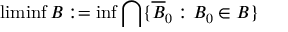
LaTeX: \operatorname* { l i m i n f } B : = \operatorname* { i n f } \bigcap \{ { \overline { { B } } } _ { 0 } : B _ { 0 } \in B \}